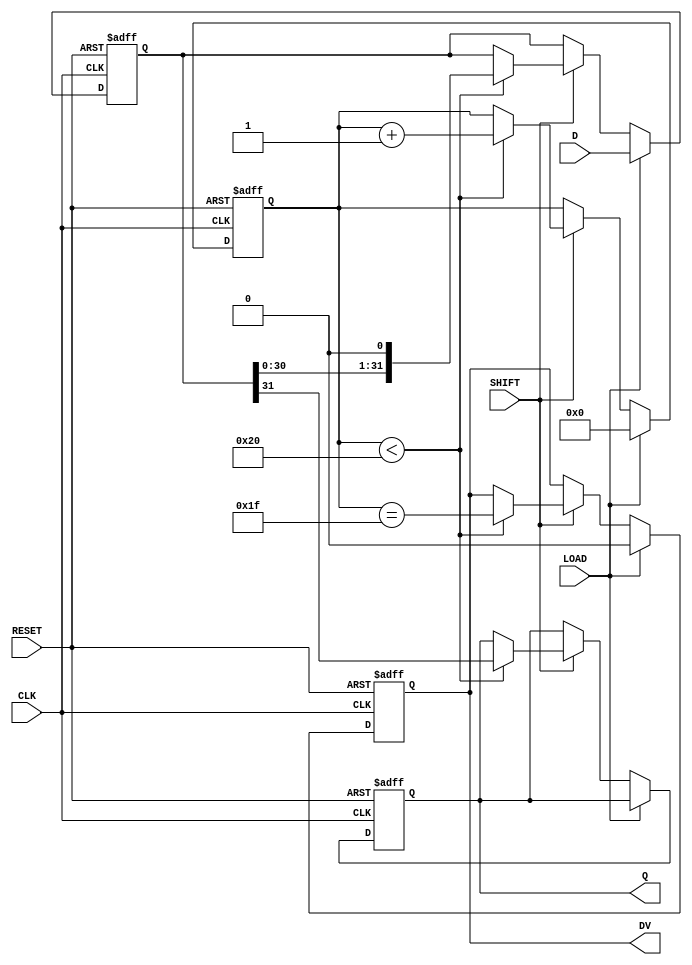
module PISO_Register (
    input wire [31:0] D,       // 32-bit input data
    input wire LOAD,           // Load control signal
    input wire SHIFT,          // Shift control signal
    input wire CLK,            // Clock signal
    input wire RESET,          // Asynchronous reset signal
    output reg Q,              // Serial output
    output reg DV              // Data valid signal
);

    reg [31:0] shift_reg;      // Internal shift register
    reg [5:0] count;           // Bit counter for shifting

    // Asynchronous reset
    always @(posedge CLK or posedge RESET) begin
        if (RESET) begin
            shift_reg <= 32'b0; // Clear register
            Q <= 1'b0;          // Clear output
            DV <= 1'b0;         // Clear data valid
            count <= 6'b0;      // Clear counter
        end else begin
            if (LOAD) begin
                shift_reg <= D;  // Load data into shift register
                count <= 6'b0;   // Reset the counter
                DV <= 1'b0;      // Data valid low during load
            end else if (SHIFT) begin
                if (count < 32) begin
                    Q <= shift_reg[31]; // Output MSB
                    shift_reg <= {shift_reg[30:0], 1'b0}; // Shift left
                    count <= count + 1; // Increment counter
                    DV <= (count == 31); // Data valid after transmitting 32 bits
                end
            end
        end
    end

endmodule